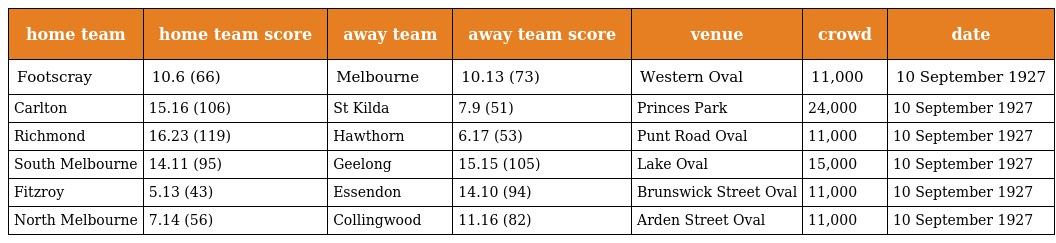
| home team | home team score | away team | away team score | venue | crowd | date |
 | --- | --- | --- | --- | --- | --- | --- |
 | Footscray | 10.6 (66) | Melbourne | 10.13 (73) | Western Oval | 11,000 | 10 September 1927 |
 | Carlton | 15.16 (106) | St Kilda | 7.9 (51) | Princes Park | 24,000 | 10 September 1927 |
 | Richmond | 16.23 (119) | Hawthorn | 6.17 (53) | Punt Road Oval | 11,000 | 10 September 1927 |
 | South Melbourne | 14.11 (95) | Geelong | 15.15 (105) | Lake Oval | 15,000 | 10 September 1927 |
 | Fitzroy | 5.13 (43) | Essendon | 14.10 (94) | Brunswick Street Oval | 11,000 | 10 September 1927 |
 | North Melbourne | 7.14 (56) | Collingwood | 11.16 (82) | Arden Street Oval | 11,000 | 10 September 1927 |